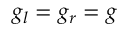
g _ { l } = g _ { r } = g